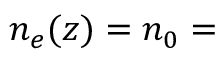
n _ { e } ( z ) = n _ { 0 } =